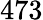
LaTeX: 473